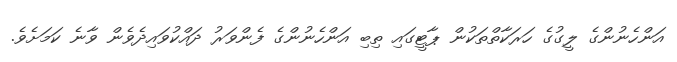
އަންހެނުންގެ ލީގުގެ ހަރަކާތްތަކުން ޕާޓީގައި ތިބި އަންހެނުންގެ ފެންވަރު ދައްކުވައިދެވެން ވާނެ ކަމަށެވެ.